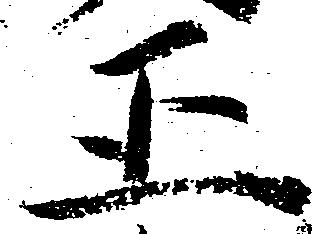
正